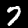
Label: 7